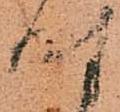
時